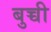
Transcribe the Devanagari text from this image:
बुच्ची